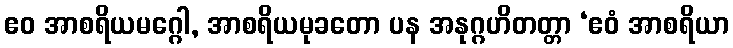
ဧဝ အာစရိယမဂ္ဂေါ, အာစရိယမုခတော ပန အနုဂ္ဂဟိတတ္တာ ‘ဧဝံ အာစရိယာ